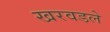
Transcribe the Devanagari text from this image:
खरवडले